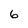
Character: 6